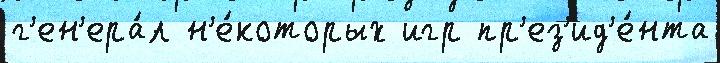
г'ен'ера́л н'е́которых игр пр'ез'ид'е́нта